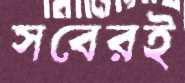
সবেরই